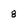
Character: 8